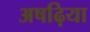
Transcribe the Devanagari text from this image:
अषढ़िया